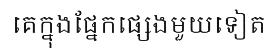
គេក្នុងផ្នែកផ្សេងមួយទៀត